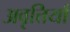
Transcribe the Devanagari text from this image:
अवृत्तियाँ